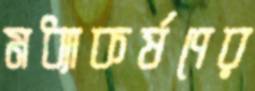
মধ্যাকর্ষণের